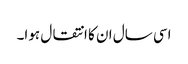
اسی سال ان کا انتقال ہوا۔